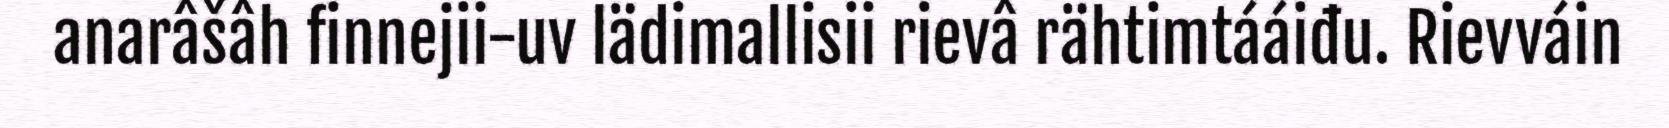
anarâšâh finnejii-uv lädimallisii rievâ rähtimtááiđu. Rievváin